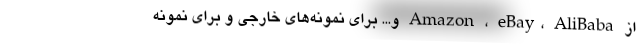
از Amazon ،‌ eBay، AliBaba و... برای نمونه‌های خارجی و برای نمونه